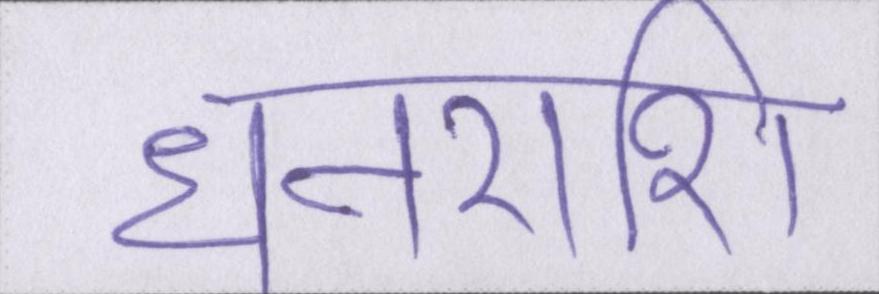
धनराशि